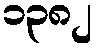
၁၃၈၂